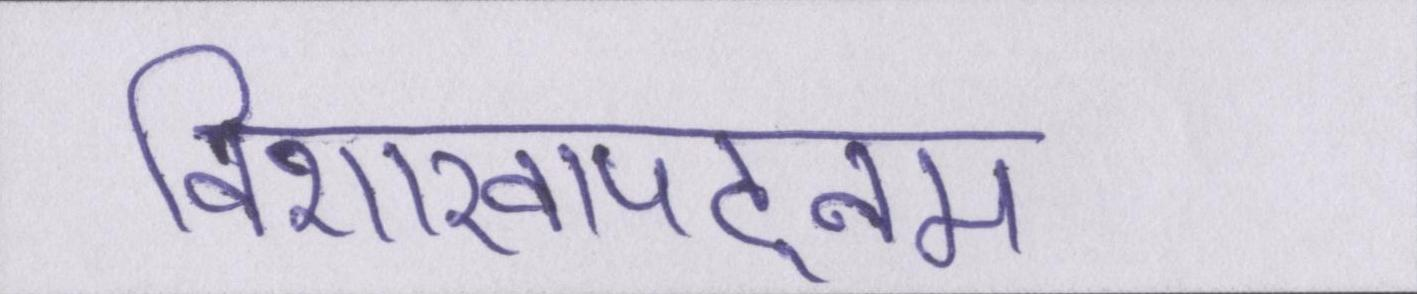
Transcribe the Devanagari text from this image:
विशाखापट्नम